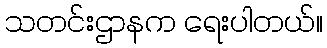
သတင်းဌာနက ရေးပါတယ်။